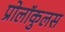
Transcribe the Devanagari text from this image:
प्रोलॉकुलस